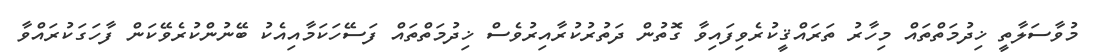
މުވާސަލާތީ ޚިދުމަތްތައް މިހާރު ތަރައްޤީކުރެވިފައިވާ ގޮތުން ދަތުރުކުރާއިރުވެސް ޚިދުމަތްތައް ފަސޭހަކަމާއިއެކު ބޭނުންކުރެވޭކަން ފާހަގަކުރައްވާ